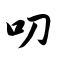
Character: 叨